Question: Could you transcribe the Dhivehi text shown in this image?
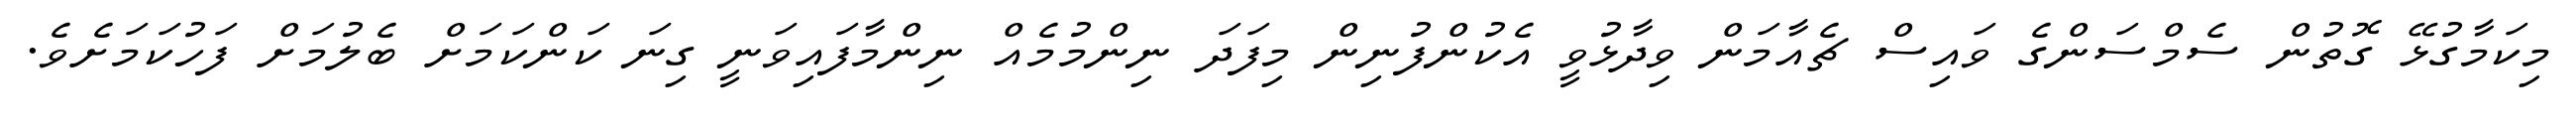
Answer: މިކަމާގުޅޭ ގޮތުން ސެމްސަންގެ ވައިސް ޗެއާމަން ވިދާޅުވީ އެކުންފުނިން މިފަދަ ނިންމުމެއް ނިންމާފައިވަނީ ގިނަ ކަންކަމަށް ބެލުމަށް ފަހުކަމަށެވެ.